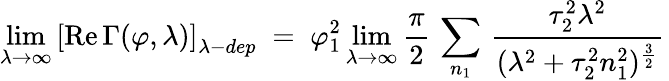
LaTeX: \operatorname*{lim}_{\lambda\to\infty}\left[\mathrm{Re}\, \Gamma(\varphi,\lambda)\right]_{\lambda-dep}\; =\; \varphi_{1}^{2}\operatorname*{lim}_{\lambda\to\infty}\frac{\pi}{2}\, \sum_{n_{1}}\, \frac{\tau_{2}^{2}\lambda^{2}}{(\lambda^{2}+\tau_{2}^{2}n_{1}^{2})^{\frac{3}{2}}}\,